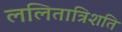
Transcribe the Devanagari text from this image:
ललितात्रिशति